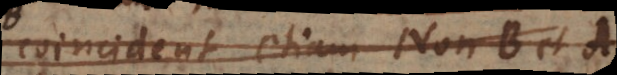
coincident etiam non-B et A.